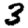
Digit: 3